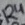
Text: R4